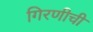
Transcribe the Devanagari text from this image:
गिरणीची